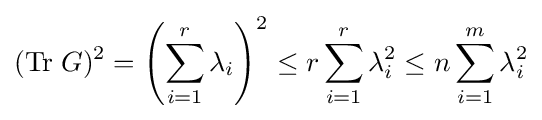
(\mathrm {Tr} \;G)^{2}=\left(\sum _{i=1}^{r}\lambda _{i}\right)^{2}\leq r\sum _{i=1}^{r}\lambda _{i}^{2}\leq n\sum _{i=1}^{m}\lambda _{i}^{2}